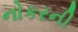
નોકરની